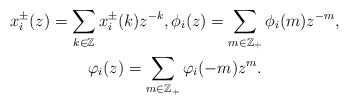
\begin{gather*}x_i^{\pm}(z) = \sum_{k \in \mathbb{Z}}x_i^{\pm}(k) z^{-k}, \phi_i(z) = \sum_{m \in \mathbb{Z}_+}\phi_i(m) z^{-m},\\ \varphi_i(z) = \sum_{m \in \mathbb{Z}_+}\varphi_i(-m) z^{m}. \end{gather*}